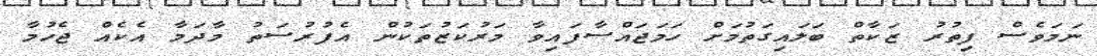
ނަމަވެސް ފިތުރު ޒަކާތް ބަލައިގަތުމަށް ހަމަޖައްސާފައިވާ މަރުކަޒުތަކުން އެފުރުސަތު މާދަމާ އެކެއް ޖެހުމާ